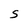
Character: S